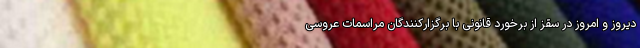
دیروز و امروز در سقز از برخورد قانونی با برگزارکنندگان مراسمات عروسی